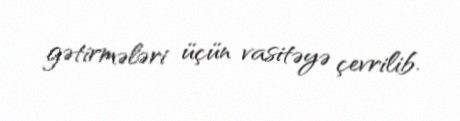
gətirmələri üçün vasitəyə çevrilib.